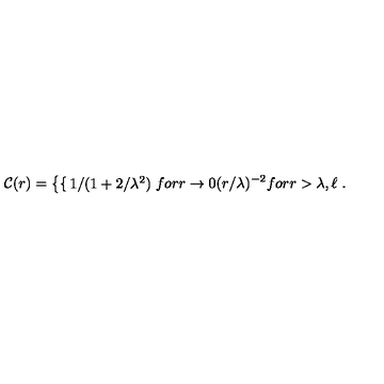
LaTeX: { \cal C } ( r ) = \left\{ \begin{cases} { 1 / ( 1 + 2 / \lambda ^ { 2 } ) } & { f o r r \rightarrow 0 } \\ { ( r / \lambda ) ^ { - 2 } } & { f o r r > \lambda , \ell } \\ \end{cases} \right. .